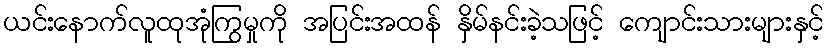
ယင်းနောက်လူထုအုံကြွမှုကို အပြင်းအထန် နှိမ်နင်းခဲ့သဖြင့် ကျောင်းသားများနှင့်